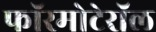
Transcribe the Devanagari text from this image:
फॉरमोटेरॉल